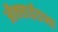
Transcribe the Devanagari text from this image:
ऑक्‍साईडच्या